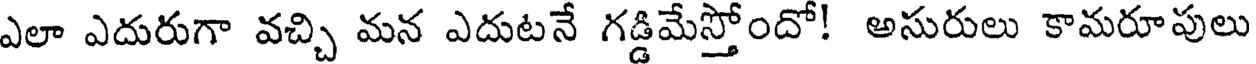
ఎలా ఎదురుగా వచ్చి మన ఎదుటనే గడ్డిమేస్తోందో! అసురులు కామరూపులు